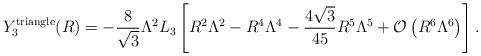
LaTeX: \begin{align*}Y_3^{\rm triangle}(R)=-\frac{8}{\sqrt3}\Lambda^2L_3\left[R^2\Lambda^2-R^4 \Lambda^4-\frac{4\sqrt3}{45}R^5\Lambda^5+{\cal O} \left(R^6\Lambda^6\right)\right].\end{align*}